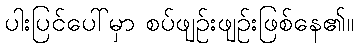
ပါးပြင်ပေါ်မှာ စပ်ဖျဉ်းဖျဉ်းဖြစ်နေ၏။